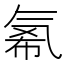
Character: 𱥪